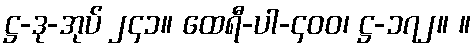
ဋ္ဌ-ဒု-အုပ် ၂၄၁။ ထေရီ-ပါ-၄၀၀၊ ဋ္ဌ-၁၇၂။ ။